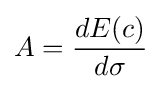
A={\frac {dE(c)}{d\sigma }}